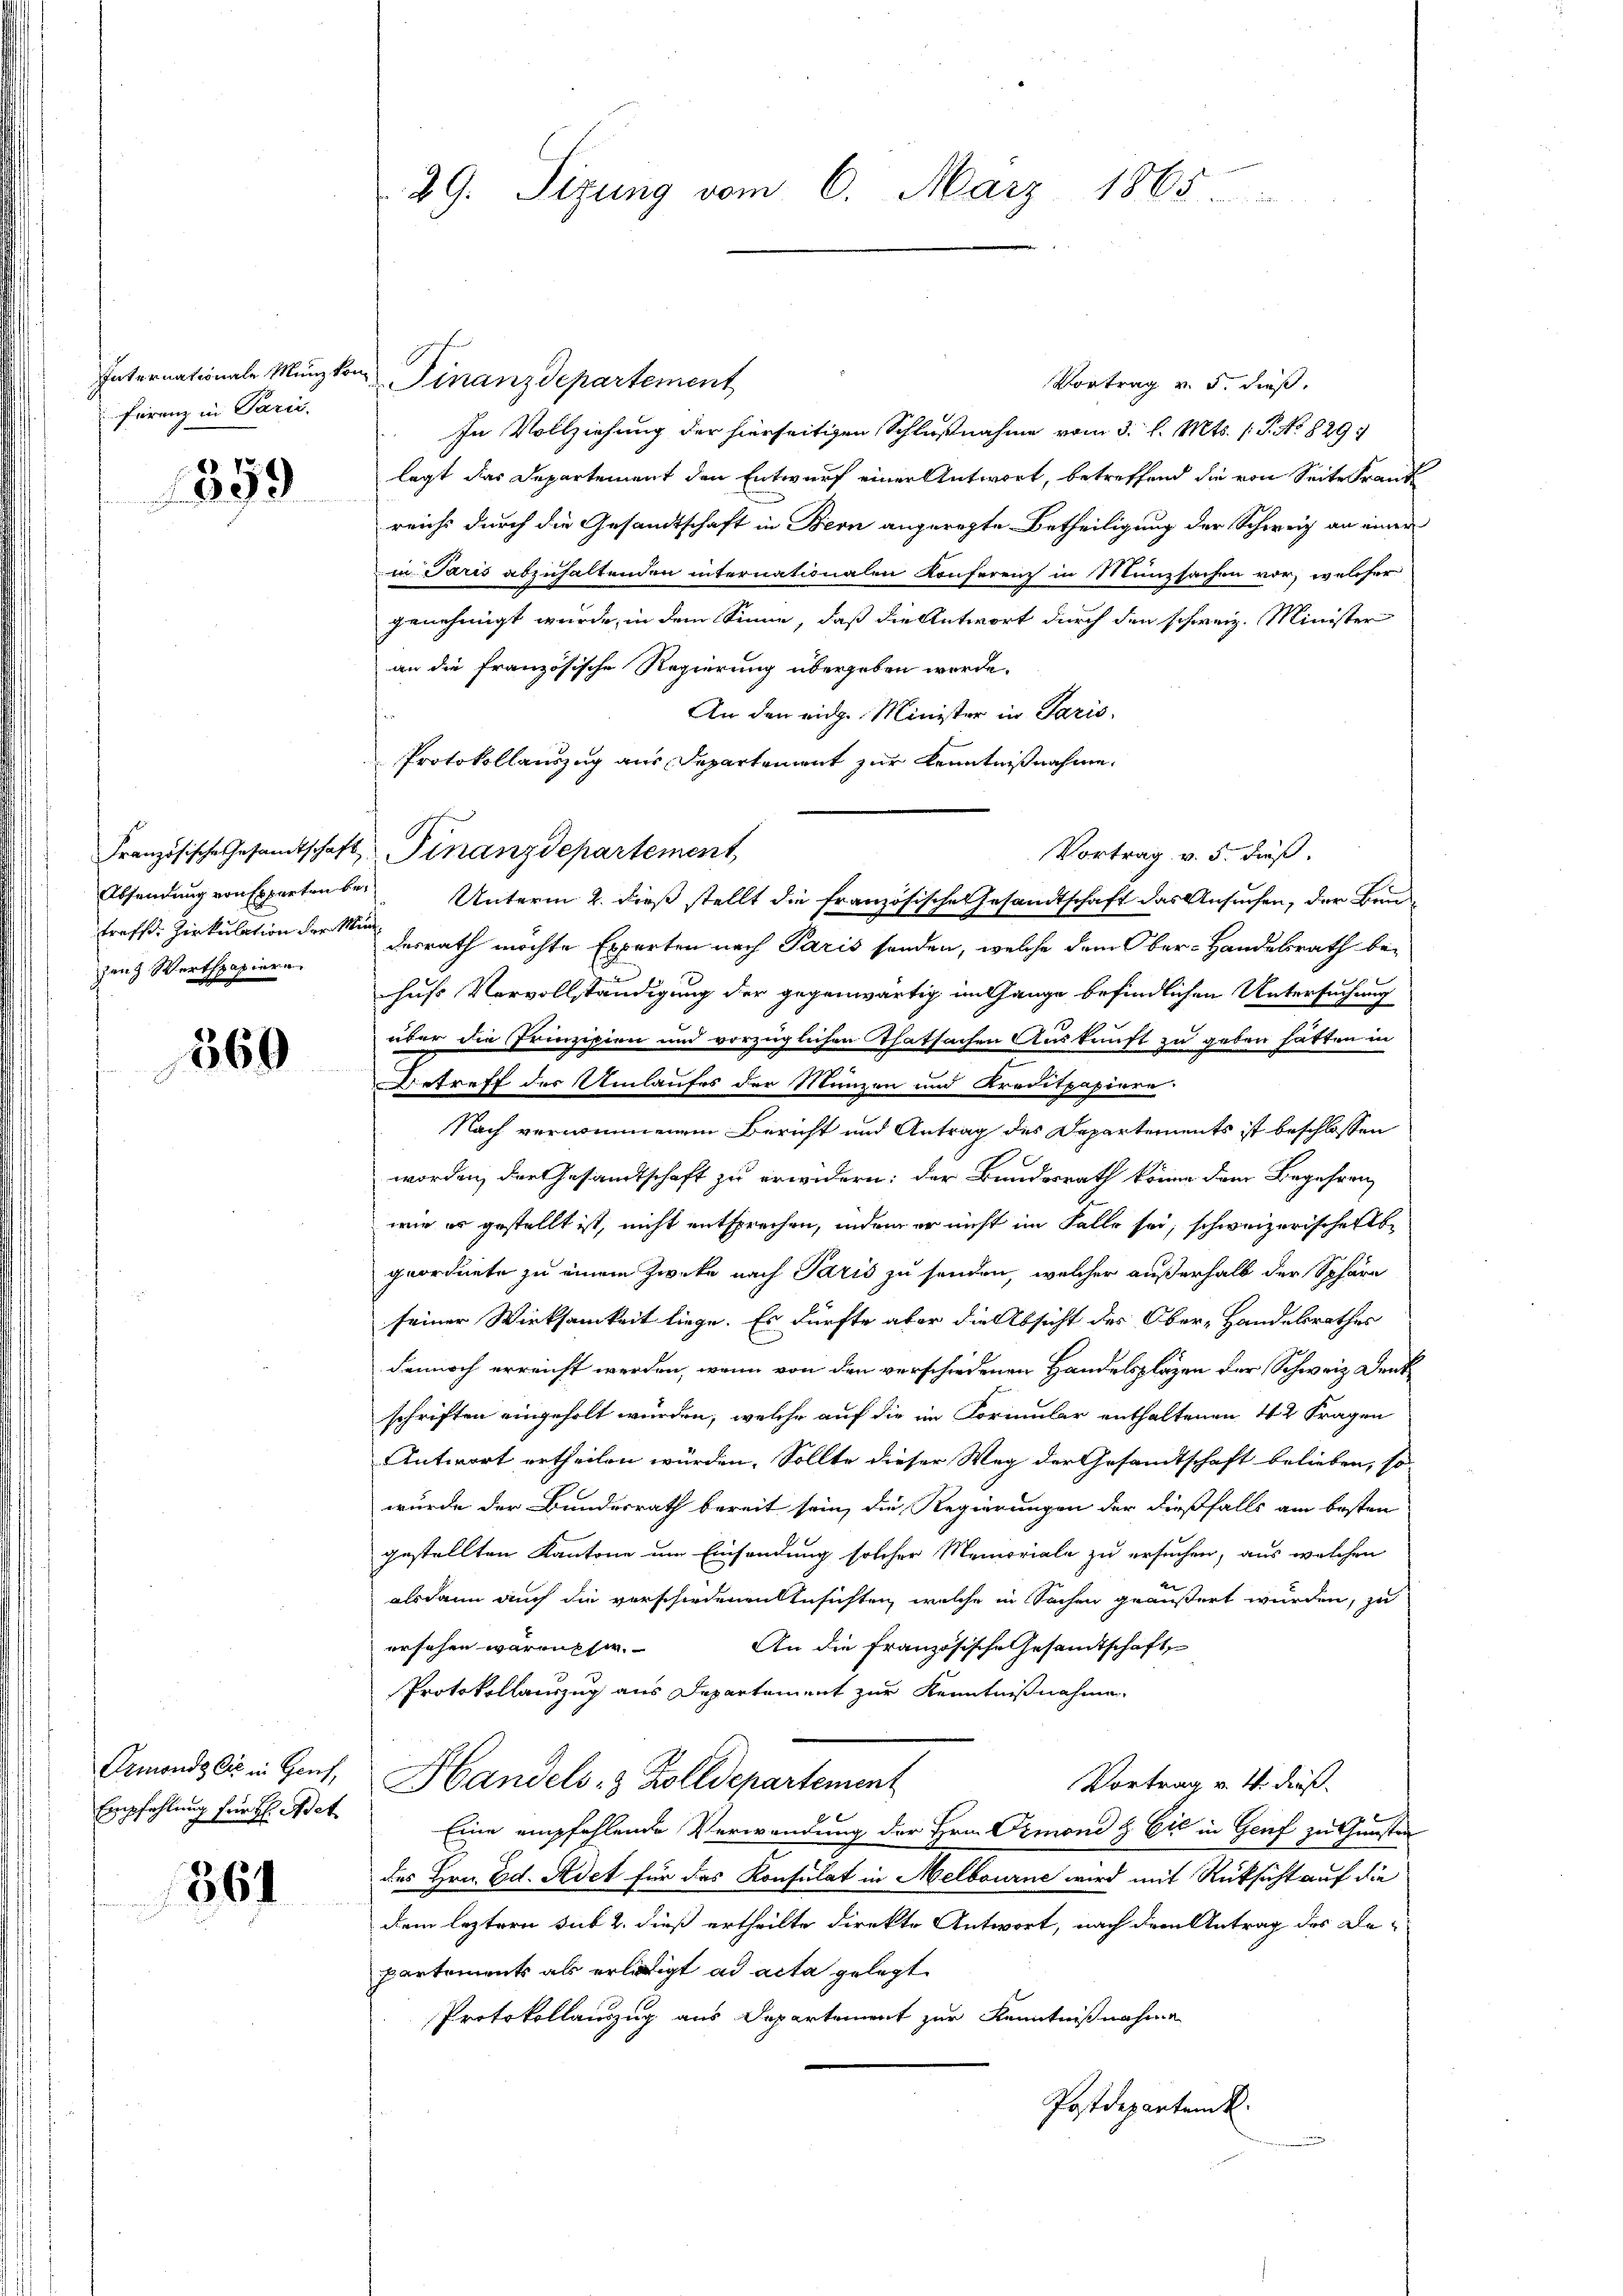
Furenz in Paris.

359

Französische Gesandtschaft
zanz Werthpapiere.

560

Ormonds Ei in Genf,
Empfehlung für H: Adet

361

29. Sizung vom 6. März 1865

Vortrag v. 5. dieß.
In Vollziehung der hierseitigen Schlußnahme vom 3. l. Mts. (T. No 829.
.
legt das Departement den Entwurf einer Antwort, betreffend die von Seite Frank
reichs durch die Gesandtschaft in Bern angeregte Betheiligung der Schweiz an einer
in Paris abzuhaltenden internationalen Konferenz in Münzsachen vor, welcher
genehmigt wurde, in dem Sinne, daß die Antwort durch den schweiz. Minister
an die französische Regierung übergeben werde.
An den eidge Minister in Paris
Protokollauszug aus Departement zur Kenntnißnahme.
Finanzdepartement
Vortrag v. 5. dieß.
Absendung von Experten bei Unterm 2. dieß stellt die französische Gesandtschaft das Ansuchen, der Bautroff. Zirkulation der See herrath möchte Experten nach Paris senden, welche dem Ober-Handesrath behus Vervollständigung der gegenwärtig im Gange befindlichen Untersuchung
über die Prinzipien und vorzüglichen Thatsachen Auskunft zu geben hätten in
e
Betreff der Umlaufes der Münzen und Kreditpapiere.
Nach verwinnenem Bericht und Antrag des Departements ist beschlossen
worden, der Gesandtschaft zu erwidern: der Bundesrath könne dem Begehren
wie er gestellt ist, nicht entsprechen, indem er nicht im Falle sei, schweizerische Abgeordnete zu einem Zwecke nach Paris zu senden, welcher außerhalb der Sphäre
seiner Wirksamkeit liege. Es dürfte aber die Absicht des Ober-Handesrathes
dennoch erreicht werden, wenn von den verschiedenen Handelsplazen der Schweiz. Denkschriften eingeholt wurden, welche auf die im Formular enthaltenen 42 Fragen
Antwort ertheilen würden. Sollte dieser Weg der Gesamtschaft belieben, so-
wurde der Bundesrath bereit sein, die Regierungen der dießfalls am besten
gestellten Kantone um Einsendung solcher Memoriale zu ersuchen, aus welchen
alsdann auch die verschiedenen Ansichten, welche in Sachen geäußert wurden, zu
ersehen warens sie.
An die Französische Gesandtschaft,
Protokollauszug aus Departement zur Kenntnißnahme
Handels- & Zolldepartement
Vortrag v. 4. dieß
Eine empfehlende Verwendung der Hrn. Ormond & Cie in Genf zu Gunsten
des Hrn. Ed. Adet für das Konsulat in Melbourne wird mit Rüksicht auf die
dem leztern sub 2. dieß ertheilte direkte Antwort, nach dem Antrag des Be-
partements als erlegt ad acta gelegt
Protokollauszug aus Departement zur Kenntnißnahme
Postdepartem k.

Internationale Münzkon Finanzdepartement